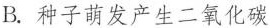
B.种子萌发产生二氧化碳